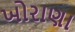
ખોરાણા